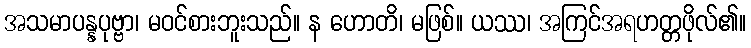
အသမာပန္နပုဗ္ဗာ၊ မဝင်စားဘူးသည်။ န ဟောတိ၊ မဖြစ်။ ယဿ၊ အကြင်အရဟတ္တဖိုလ်၏။